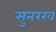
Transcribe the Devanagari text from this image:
सुनरख